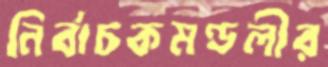
নির্বাচকমণ্ডলীর